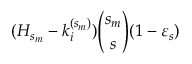
( H _ { s _ { m } } - k _ { i } ^ { ( s _ { m } ) } ) { \binom { s _ { m } } { s } } ( 1 - \varepsilon _ { s } )